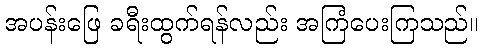
အပန်းဖြေ ခရီးထွက်ရန်လည်း အကြံပေးကြသည်။